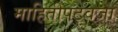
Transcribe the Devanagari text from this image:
माहितीपटवजा